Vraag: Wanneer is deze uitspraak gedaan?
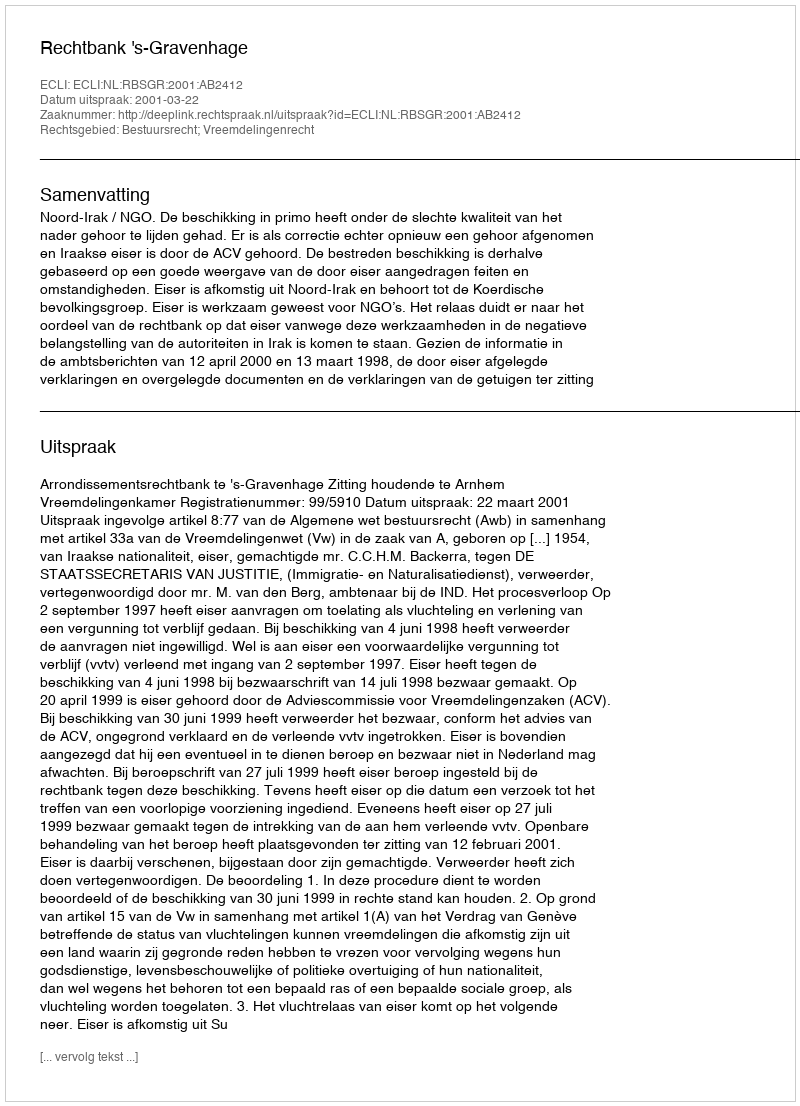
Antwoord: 2001-03-22